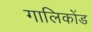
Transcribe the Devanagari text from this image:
गालिकोंड